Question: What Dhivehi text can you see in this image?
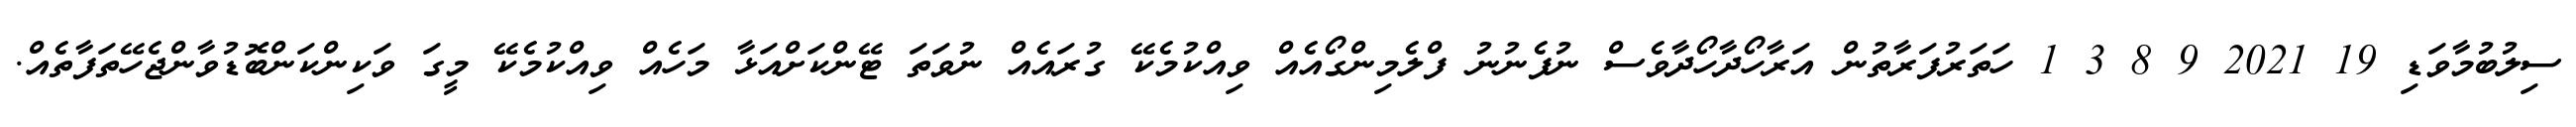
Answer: ސިލުބުމާވަޑި 19 2021 9 8 3 1 ހަތަރުފަރާތުން އަރާހޯދާހޯދާވެސް ނުފެނުނު ފްލެމިންގޯއެއް ވިއްކުމެކޭ ގުރައެއް ނުވަތަ ޓޭންކަށްއަޅާ މަހެއް ވިއްކުމެކޭ މީގަ ވަކިންކަންބޮޑުވާންޖެހޭތަފާތެއް.